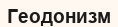
Геодонизм